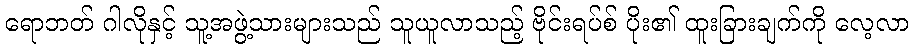
ရောဘတ် ဂါလိုနှင့် သူ့အဖွဲ့သားများသည် သူယူလာသည့် ဗိုင်းရပ်စ် ပိုး၏ ထူးခြားချက်ကို လေ့လာ